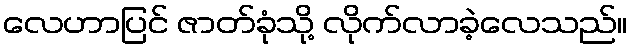
လေဟာပြင် ဇာတ်ခုံသို့ လိုက်လာခဲ့လေသည်။